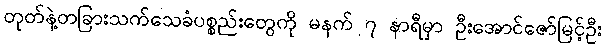
တုတ်နဲ့တခြားသက်သေခံပစ္စည်းတွေကို မနက် ၇ နာရီမှာ ဦးအောင်ဇော်မြင့်ဦး